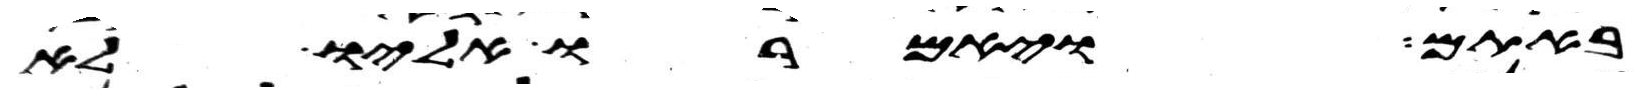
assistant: באתם ויאמרו אליו לא